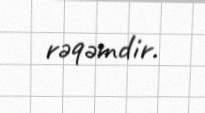
rəqəmdir.